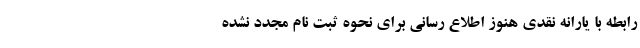
رابطه با یارانه نقدی هنوز اطلاع رسانی برای نحوه ثبت نام مجدد نشده